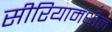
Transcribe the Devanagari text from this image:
सीरियामधील